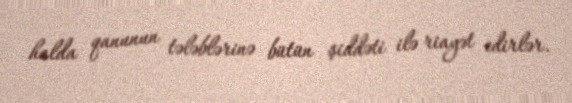
halda qanunun tələblərinə bütün şiddəti ilə riayət edirlər.